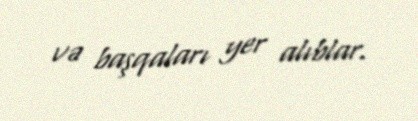
və başqaları yer alıblar.